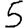
Digit: 5